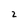
Character: 2